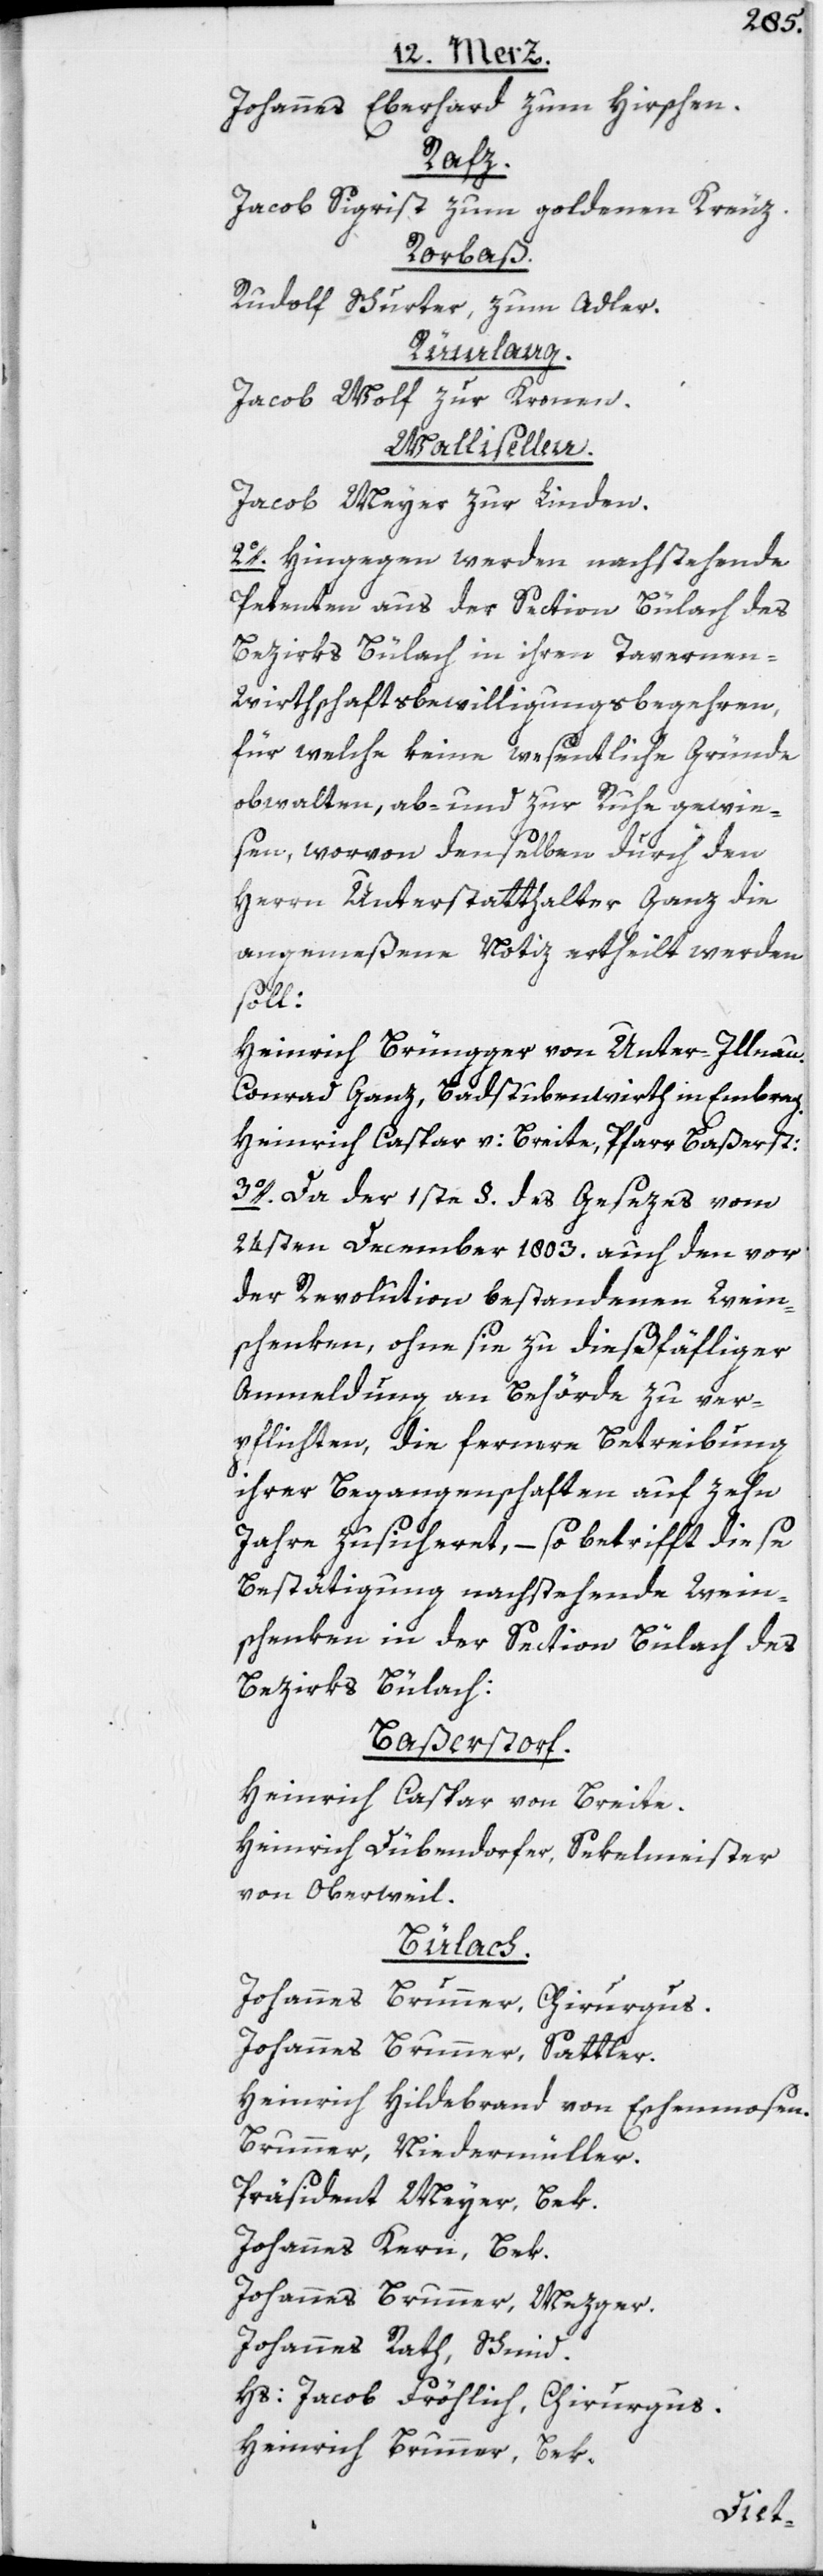
Johannes Eberhard zum Hirschen.
Rafz.
Jacob Sigrist zum goldenen Kreuz.
Rorbaß.
Rudolf Schurter, zum Adler.
Rümlang.
Jacob Wolf, zur Kronen.
Wallisellen.
Jacob Meyer zur Linden.
2o. Hingegen werden nachstehende
Petenten aus der Section Bülach des
Bezirks Bülach in ihren Tavernen-W¬
irthschaftsbewilligungsbegehren,
für welche keine wesentliche Gründe
obwalten, ab- und zur Ruhe gewie¬
sen, worvon denselben durch den
Herrn Unterstatthalter Ganz die
angemeßene Notiz ertheilt werden
soll:
Heinrich Brüngger von Unter-Illnau.
Conrad Ganz, Badstubenwirth in Embrach.
Heinrich Caspar v: Breite, Pfarr Baßerst:
3o. Da der 1ste §. des Gesezes vom
24sten December 1803. auch den vor
der Revolution bestandenen Wein¬
schenken, ohne sie zu dießfälliger
Anmeldung an Behörde zu ver¬
pflichten, die fernere Betreibung
ihrer Begangenschaften auf zehn
Jahre zusicheret, – so betrifft diese
Bestätigung nachstehende Wein¬
schenken in der Section Bülach des
Bezirks Bülach:
Baßerstorf.
Heinrich Caspar von Breite.
Heinrich Dübendorfer, Sekelmeister
von Oberweil.
Bülach.
Johannes Brunner, Chirurgus.
Johannes Brunner, Sattler.
Heinrich Hildebrand von Eschenmosen.
Brunner, Niedermüller.
Präsident Meyer, Bek.
Johannes Kern, Bek.
Johannes Brunner, Mezger.
Johannes Rath, Schmid.
Hs: Jacob Fröhlich, Chirurgus.
Heinrich Brunner, Bek.